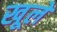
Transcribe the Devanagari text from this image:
खूले